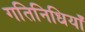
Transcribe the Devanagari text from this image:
गतिनिधियाँ